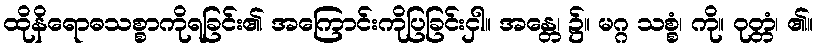
ထိုနိရောဓသစ္စာကိုရခြင်း၏ အကြောင်းကိုပြခြင်းငှါ။ အန္တေ၊ ၌။ မဂ္ဂ သစ္စံ၊ ကို။ ဝုတ္တံ၊ ၏။